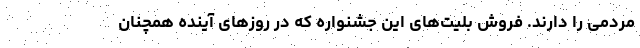
مردمی را دارند. فروش بلیت‌های این جشنواره که در روز‌های آینده همچنان